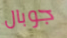
جوبال